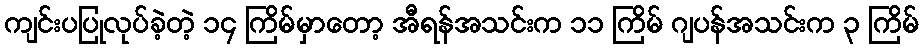
ကျင်းပပြုလုပ်ခဲ့တဲ့ ၁၄ ကြိမ်မှာတော့ အီရန်အသင်းက ၁၁ ကြိမ် ဂျပန်အသင်းက ၃ ကြိမ်